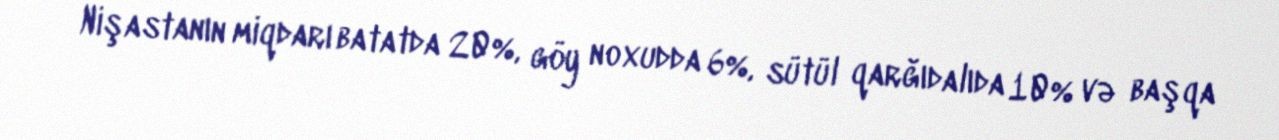
Nişastanın miqdarı batatda 20%, göy noxudda 6%, sütül qarğıdalıda 10% və başqa